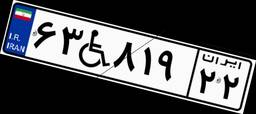
۶۳W۸۱۹۲۲